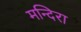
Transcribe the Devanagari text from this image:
मन्दिरा